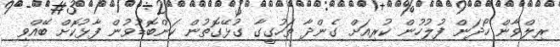
ރިލްވާން ހޯދަން ފުލުހުން ކުރިއަށް ގެންދާ ތަހުގީގާ ގުޅޭގޮތުން ކަންބޮޑުވުން ފާޅުކޮށް ބޭއްވި